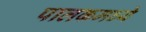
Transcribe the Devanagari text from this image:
पालकमध्ये